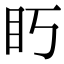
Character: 䀎